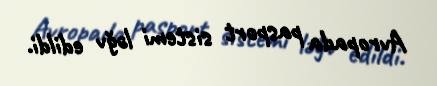
Avropada pasport sistemi ləğv edildi.